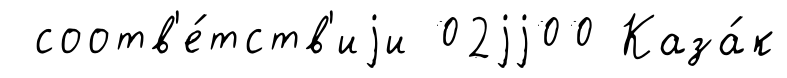
соотв'е́тств'иjи 02jj00 Каза́к